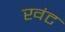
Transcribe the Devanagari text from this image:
खंट